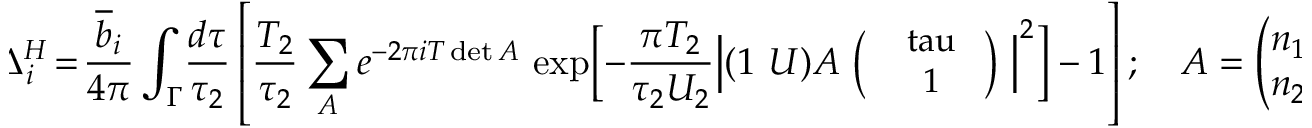
\! \! \Delta _ { i } ^ { H } \! = \! \frac { \overline { { { b } } } _ { i } } { 4 \pi } \int _ { \Gamma } \! \frac { d \tau } { \tau _ { 2 } } \left[ \frac { T _ { 2 } } { \tau _ { 2 } } \sum _ { A } e ^ { - 2 \pi i T \operatorname * { d e t } A } \, \exp \Bigl [ { - \frac { \pi T _ { 2 } } { \tau _ { 2 } U _ { 2 } } \Bigl \vert ( 1 ~ U ) A \mathrm { \small ~ \Bigl ( \! \! ~ \begin{array} { c } { { ~ \ t a u ~ } } \\ { { ~ 1 } } \end{array} ~ \! \! \Bigl ) ~ } \Bigr \vert ^ { 2 } } \Bigr ] - 1 \right] ; \quad A = \left( \! \! \! \begin{array} { c c } { { n _ { 1 } } } & { { p _ { 1 } } } \\ { { n _ { 2 } } } & { { p _ { 2 } } } \end{array} \! \! \! \right) \! \!